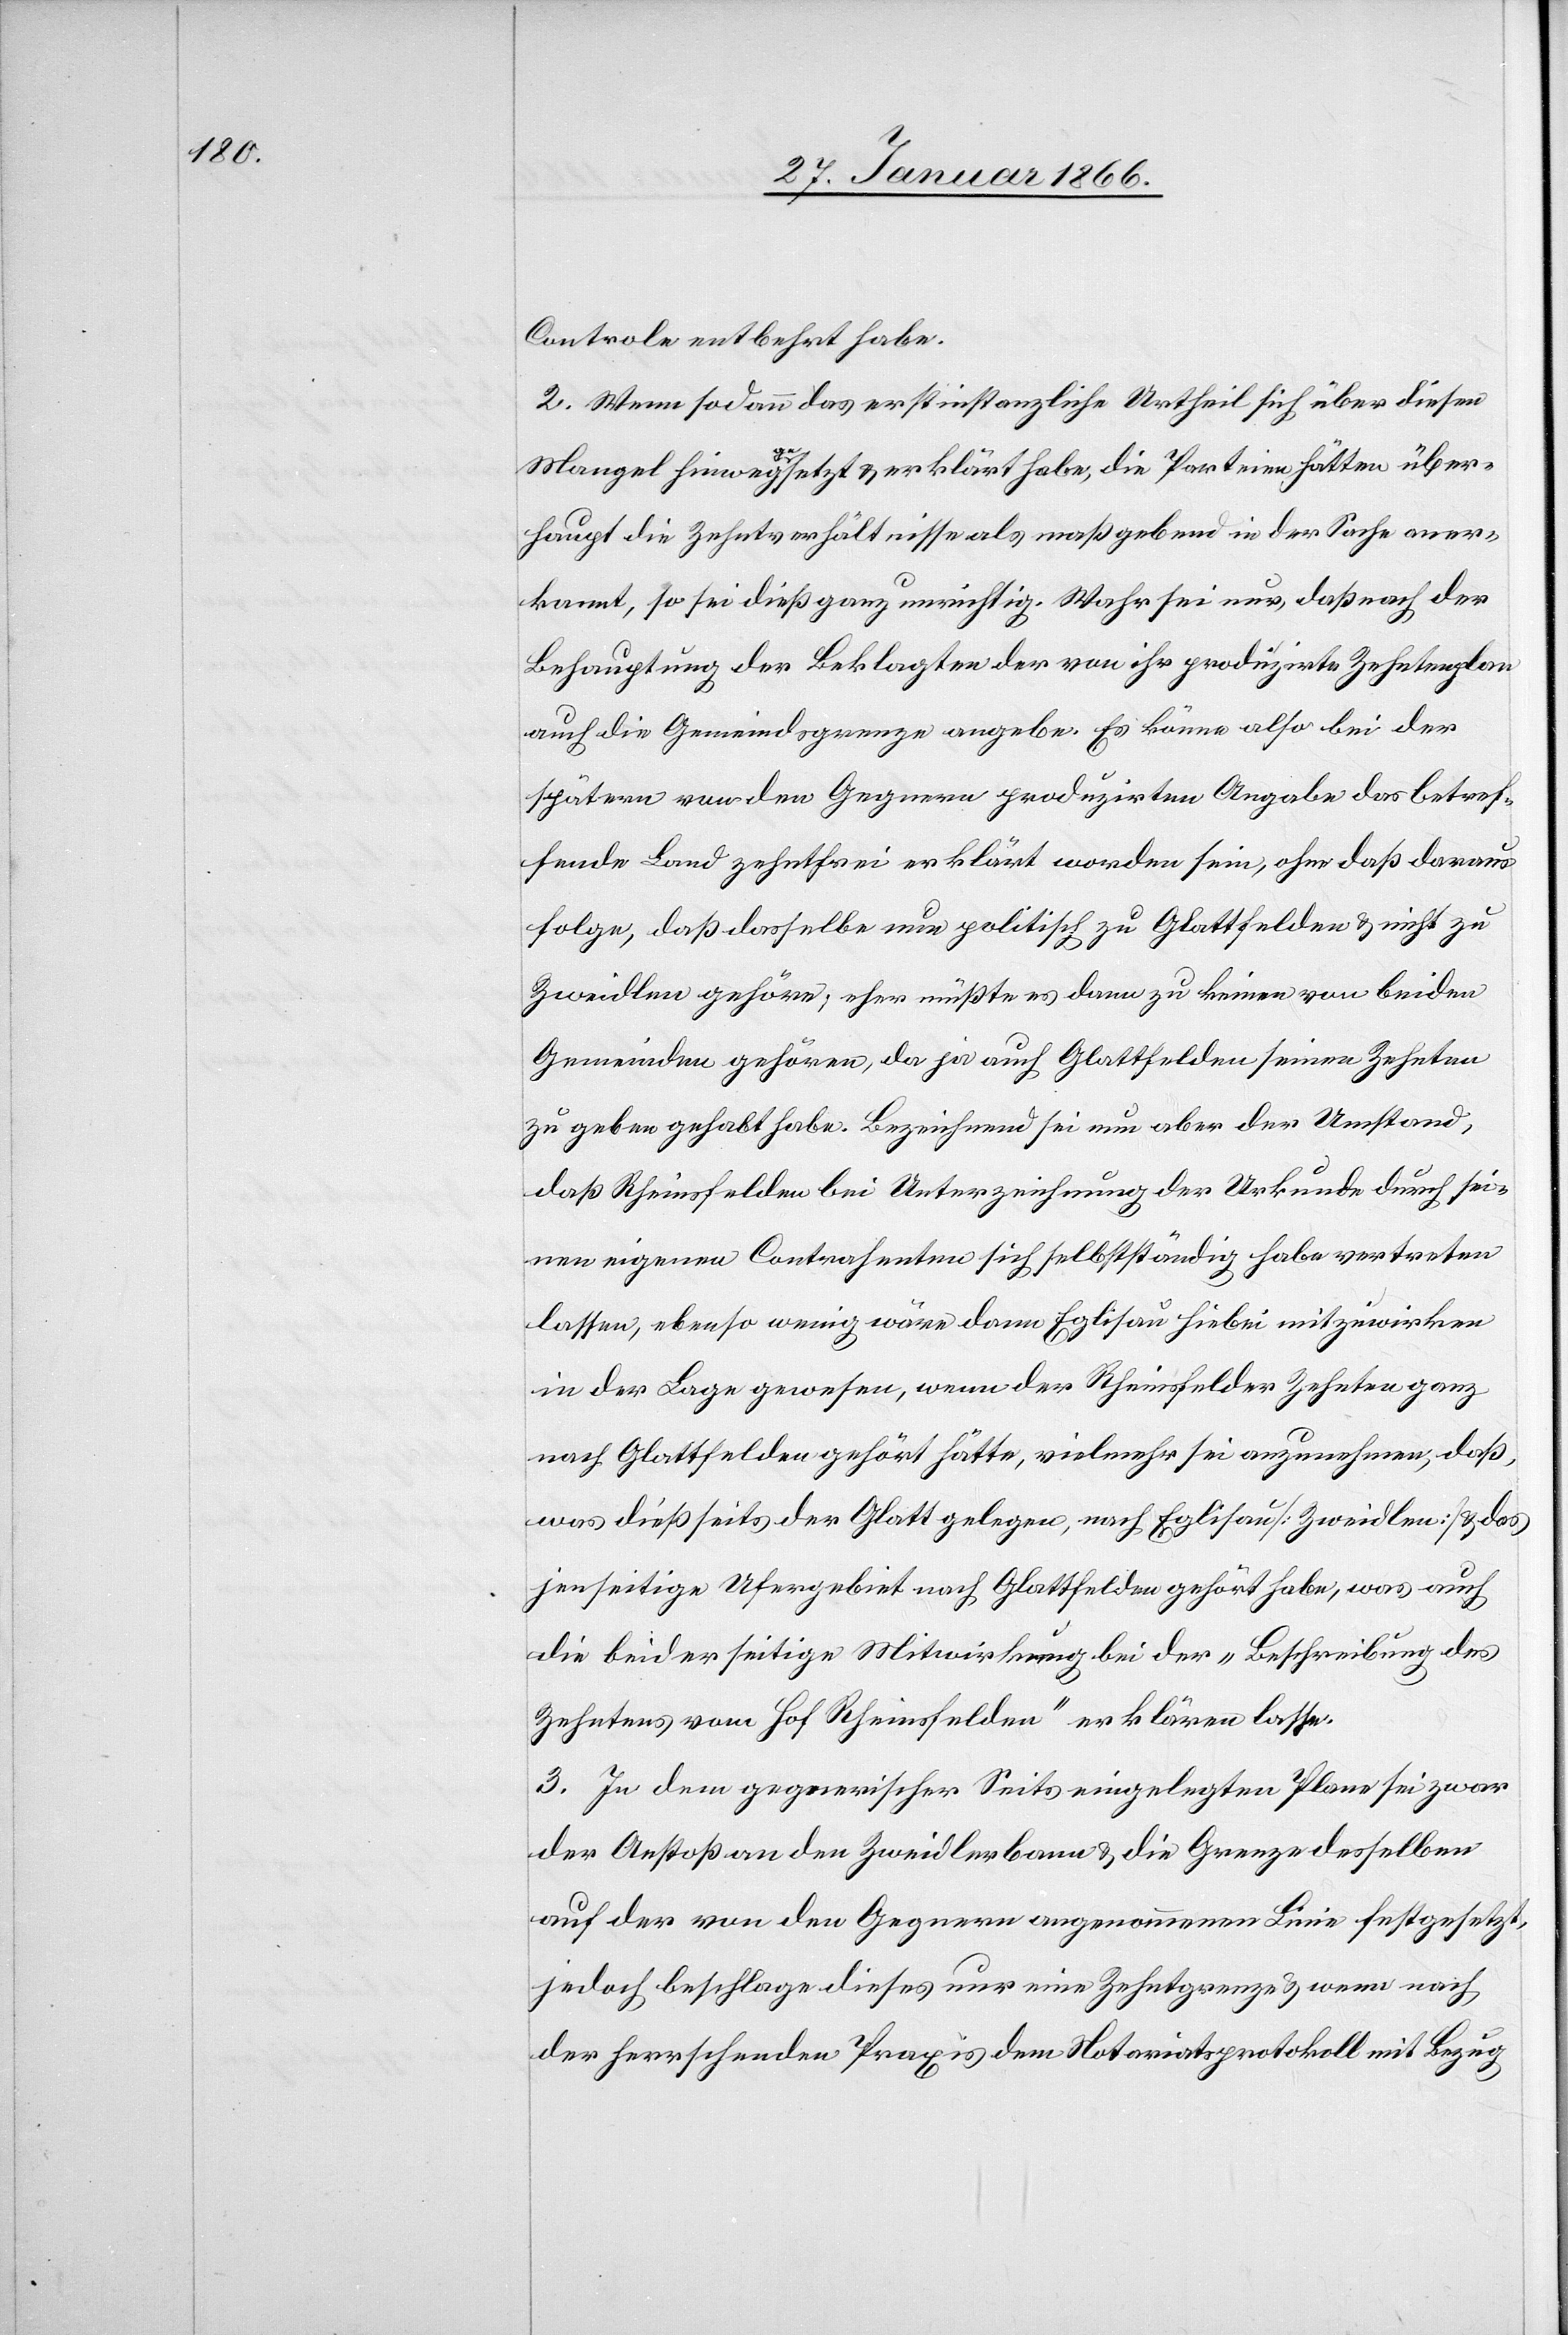
Controle entbehrt habe.
2. Wenn sodann das erstinstanzliche Urtheil sich über diesen
Mangel hinweggesetzt u. erklärt habe, die Parteien hätten über¬
haupt die Zehntverhältnisse als maßgebend in der Sache aner¬
kannt, so sei dieß ganz unrichtig. Wahr sei nur, daß nach der
Behauptung der Beklagten der von ihr produzirte Zehntenplan
auch die Gemeindsgrenzen angebe. Es könne also bei der
spätern von den Gegnern produzirten Angabe das betref¬
fende Land zehntfrei erklärt worden sein, ohne daß daraus
folge, daß dasselbe nun politisch zu Glattfelden u. nicht zu
Zweidlen gehöre; eher müßte es dann zu keinen von beiden
Gemeinden gehören, da ja auch Glattfelden seinen Zehnten
zu geben gehabt habe. Bezeichnend sei nun aber der Umstand,
daß Rheinsfelden bei Unterzeichnung der Urkunde durch sei¬
nen eigenen Contrahenten sich selbständig habe vertreten
lassen, ebenso wenig wäre dann Eglisau hiebei mitzuwirken
in der Lage gewesen, wenn der Rheinsfelder Zehnten ganz
nach Glattfelden gehört hätte, vielmehr sei anzunehmen, daß,
was dießseits der Glatt gelegen, nach Eglisau [Zweidlen] u. das
jenseitige Ufergebiet noch Glattfelden gehört habe, was auch
die beiderseitige Mitwirkung bei der „Beschreibung des
Zehntens vom Hof Rheinsfelden“ erklären lasse.
3. In dem gegnerischer Seits eingelegten Plane sei zwar
der Anstoß an den Zweidlerbann u. die Grenze desselben
auf der von den Gegnern angenommenen Linie festgesetzt,
jedoch beschlage dieses nur eine Zehntgrenze u. wenn nach
der herrschenden Praxis dem Notariatsprotokoll mit Bezug